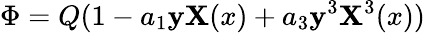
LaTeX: \Phi=Q(1-a_{1}\mathbf{y}\mathbf{X}(x)+a_{3}\mathbf{y}^{3}\mathbf{X}^{3}(x))